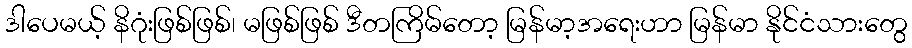
ဒါပေမယ့် နိဂုံးဖြစ်ဖြစ်၊ မဖြစ်ဖြစ် ဒီတကြိမ်တော့ မြန်မာ့အရေးဟာ မြန်မာ နိုင်ငံသားတွေ